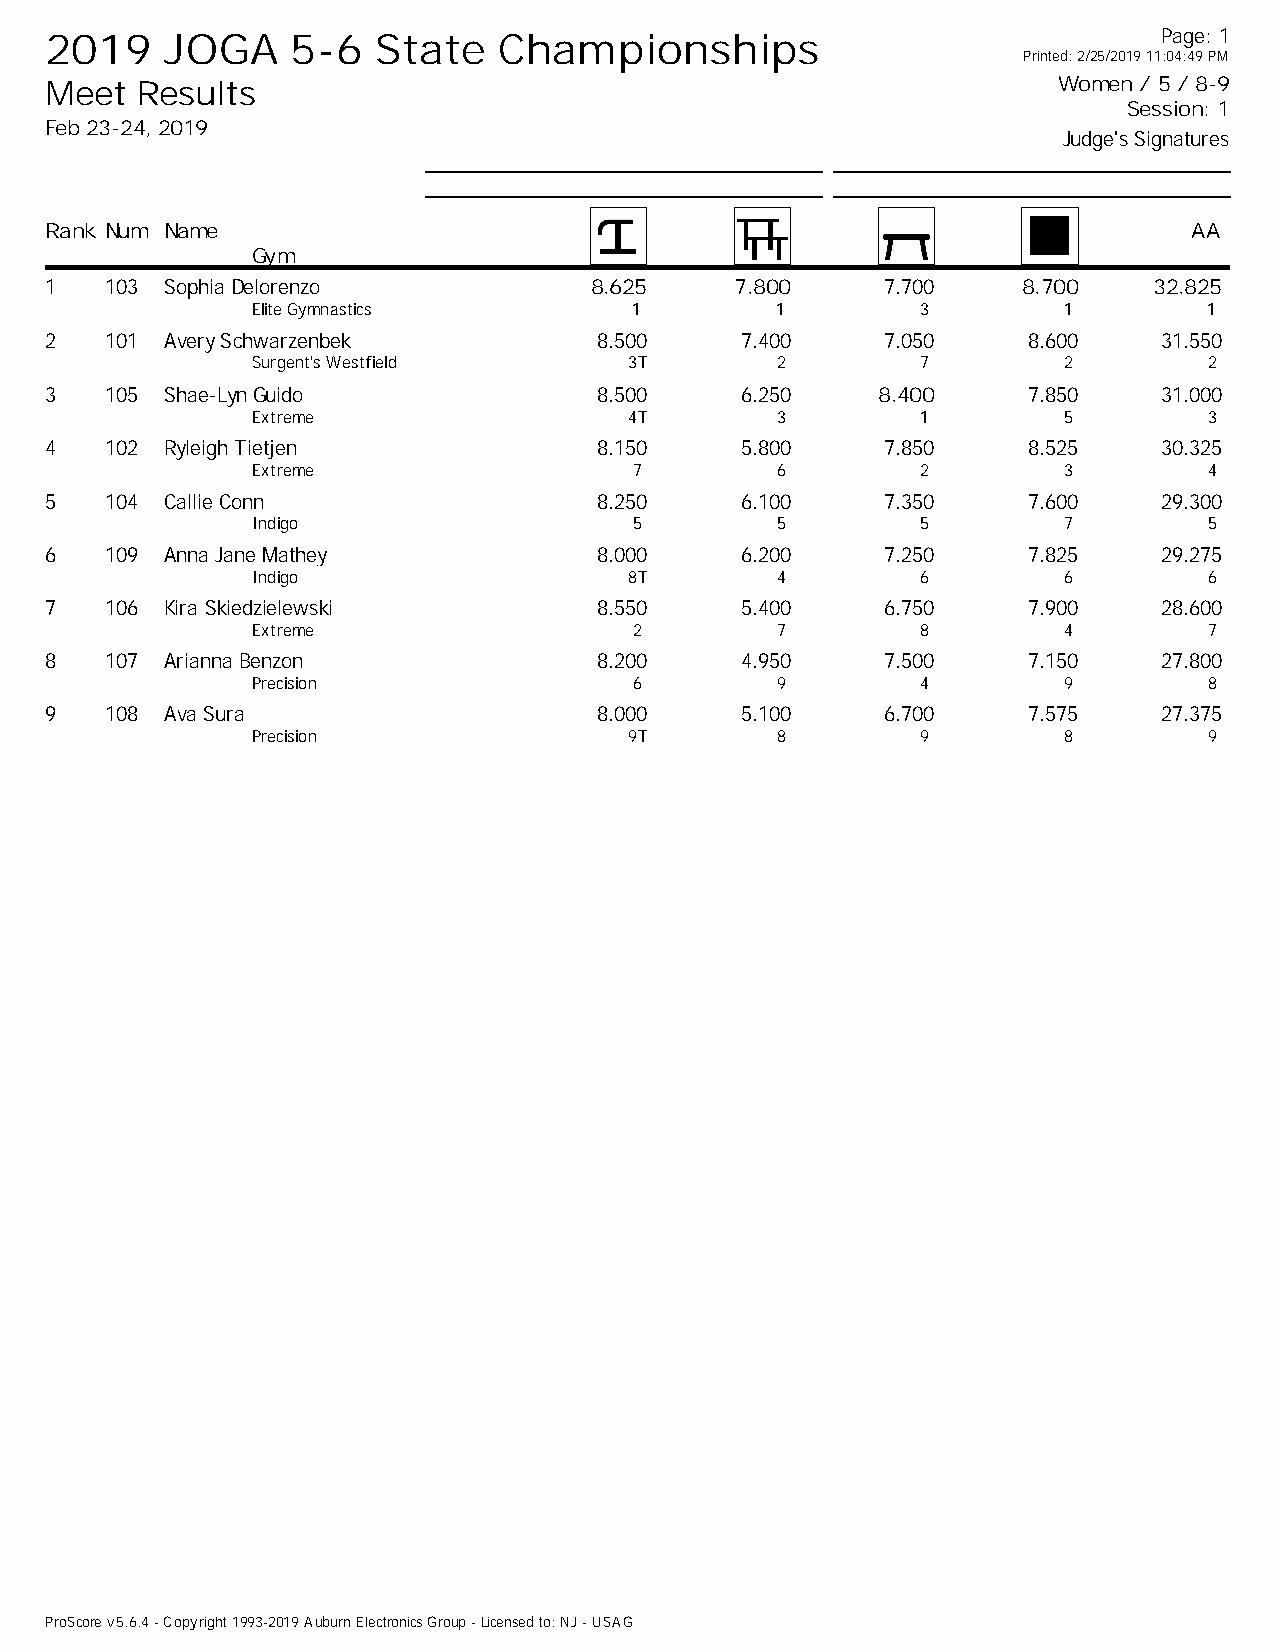
2019    JOGA    5-6   State   Championships                               Page: 1
 Printed: 2/25/2019 11:04:49 PM
 Meet  Results                                                      Women / 5 / 8-9
 Session: 1
 Feb 23-24, 2019
 Judge's Signatures
 Rank Num Name                                                               AA
 Gym
 1   103 Sophia Delorenzo            8.625     7.800     7.700    8.700   32.825
 Elite Gymnastics         1        1         3        1         1
 2   101 Avery Schwarzenbek           8.500    7.400     7.050    8.600    31.550
 Surgent's Westfield      3T       2         7        2         2
 3   105 Shae-Lyn Guido               8.500    6.250    8.400     7.850    31.000
 Extreme                  4T       3         1        5         3
 4   102 Ryleigh Tietjen              8.150    5.800     7.850    8.525    30.325
 Extreme                  7        6         2        3         4
 5   104 Callie Conn                  8.250    6.100     7.350    7.600    29.300
 Indigo                   5        5         5        7         5
 6   109 Anna Jane Mathey             8.000    6.200     7.250    7.825    29.275
 Indigo                   8T       4         6        6         6
 7   106 Kira Skiedzielewski          8.550    5.400     6.750    7.900    28.600
 Extreme                  2        7         8        4         7
 8   107 Arianna Benzon               8.200    4.950     7.500    7.150    27.800
 Precision                6        9         4        9         8
 9   108 Ava Sura                     8.000    5.100     6.700    7.575    27.375
 Precision                9T       8         9        8         9
 ProScore v5.6.4 - Copyright 1993-2019 Auburn Electronics Group - Licensed to: NJ - USAG